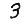
Digit: 3